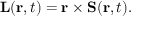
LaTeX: \mathbf { L } ( \mathbf { r } , t ) = \mathbf { r } \times \mathbf { S } ( \mathbf { r } , t ) .